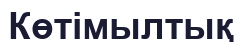
Көтімылтық